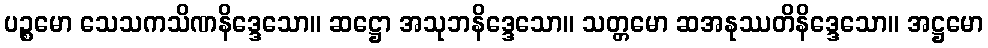
ပဉ္စမော သေသကသိဏနိဒ္ဒေသော။ ဆဋ္ဌော အသုဘနိဒ္ဒေသော။ သတ္တမော ဆအနုဿတိနိဒ္ဒေသော။ အဋ္ဌမော